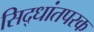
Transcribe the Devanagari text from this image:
सिद्धांतपरक